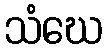
သံဃေ